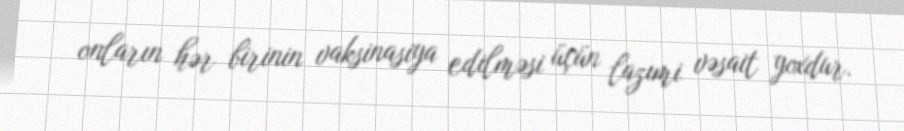
onların hər birinin vaksinasiya edilməsi üçün lazımi vəsait yoxdur.